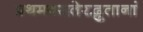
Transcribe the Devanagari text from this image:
प्रथमवसतेरद्भुतानां